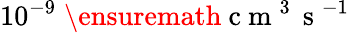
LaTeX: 10^{-9}\; \ensuremath{\mathrm{~c~m~}^{3}\, \mathrm{~s~}^{-1}}